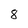
Character: 8